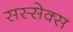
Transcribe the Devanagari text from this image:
सस्सेक्स